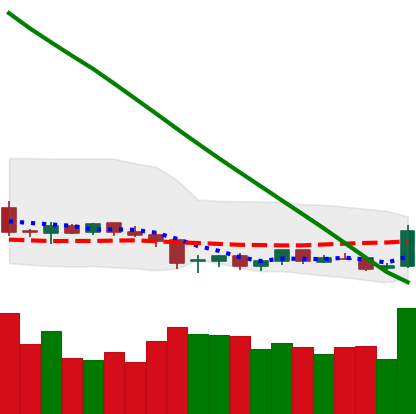
Ticker: NEO-USD
Chart end date: 2019-02-08
Forward return: 9.215%
Label: up_7plus